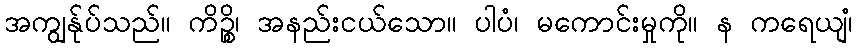
အကျွန်ုပ်သည်။ ကိဉ္စိ၊ အနည်းငယ်သော။ ပါပံ၊ မကောင်းမှုကို။ န ကရေယျံ၊